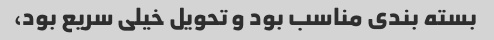
بسته بندی مناسب بود و تحویل خیلی سریع بود،